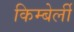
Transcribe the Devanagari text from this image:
किम्बेर्ली